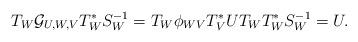
LaTeX: \begin{align*}T_W\mathcal{G}_{U,W,V}T_W^*S_W^{-1}=T_W\phi_{WV}T_{V}^{*}UT_{W}T_W^*S_W^{-1}=U.\end{align*}